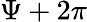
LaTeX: \Psi+2\pi